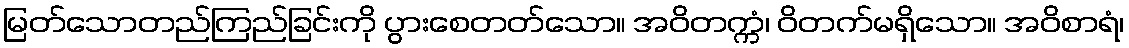
မြတ်သောတည်ကြည်ခြင်းကို ပွားစေတတ်သော။ အဝိတက္ကံ၊ ဝိတက်မရှိသော။ အဝိစာရံ၊